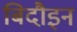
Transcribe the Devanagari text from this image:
बिदौइन